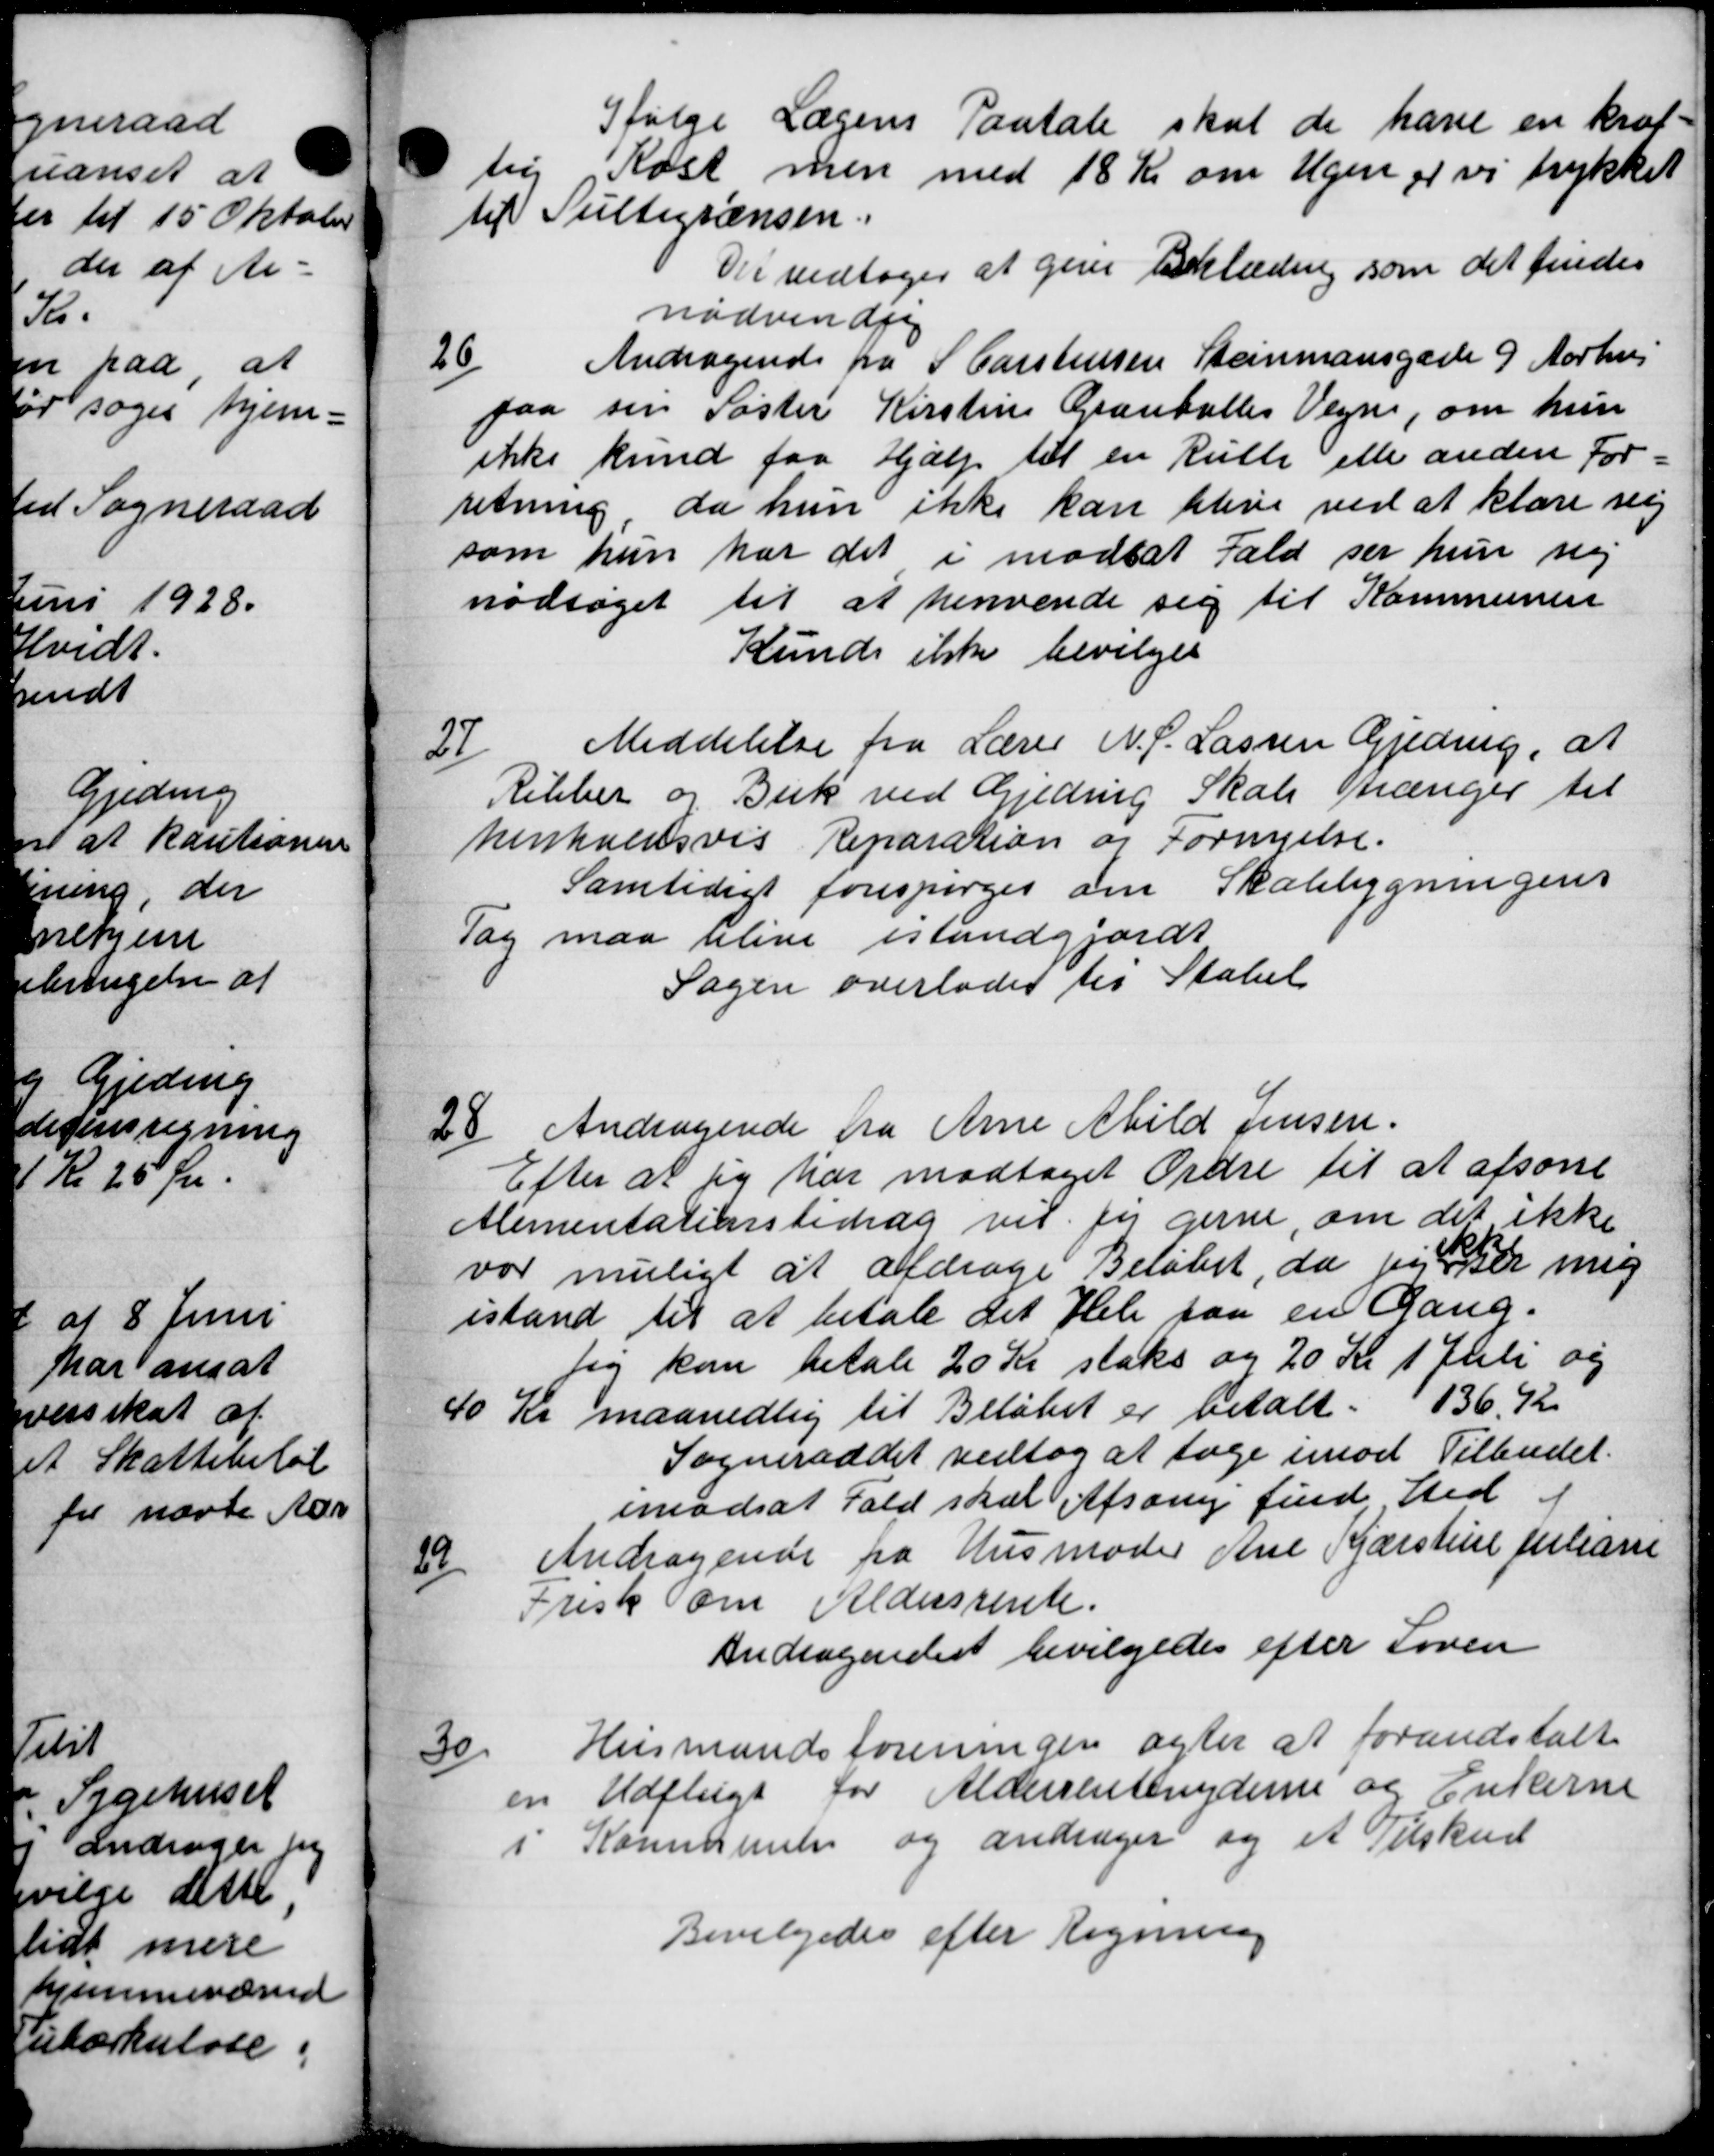
Transskription:
Ifølge Lægens Paatale skal de have en kræf-
tig Kost men med 18 Kr om Ugen er vi trykket
til Bultegrænsen.
Det vedtoges at give Beklædning som det findes
nødvendig
26
Andragende fra S Carstensen Steinmansgade 9 Aarhus
faa sin Søster Kirstine Graneballes Vegne, om hun
ikke kunde faa Hjælp til en Rulle elle anden For=
retning da hun ikke kan blive ved at klare sej
som hun har det i modsat Fald ser hun ny
nodsøget til at henvende sig til Kommunen
Kunde ikke bevilges
27
Meddelelse fra Lærer N. P. Lassen Gjeding, at
Ribber og Buk ved Gjeding Skole trænger til
henholdsvis Reparation og Fornyelse.
Samtidigt forespørges om Skolebygningens
Tag maa blive istandgjordt
Sagen overlodes til Statst
28.
Andragende fra Arne Abild Jensen.
Efter at sig har modtaget Ordre til at afsone
Alimentationsbidrag vil for gerne, om det ikke
vor muligt at andrage Beløbet, da piger mig
istand til at betale det Hele paa en Gang.
jeg kan betale 20 Kr staks og 20 Kr 1 Juli og
40 Kr maanedlig til Beløbet er betalt. 136,92
Sogneraadet vedtog at tage imod Tilbudet.
imodsat Fald skal Afsoning finde Sted i
19
Andragende fra Husmoder Ane Kjærstine Juliane
Frisk om Aldersrente.
Andragendes bevilgedes efter Loven
30
Husmandsforeningen agter at forandstalt
en Udflugt for Aldersenntenyderne og Enkerne
i Kommune og andrager og et Tilskud
Bevilgedes efter Regning